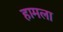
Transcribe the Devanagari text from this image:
हामला